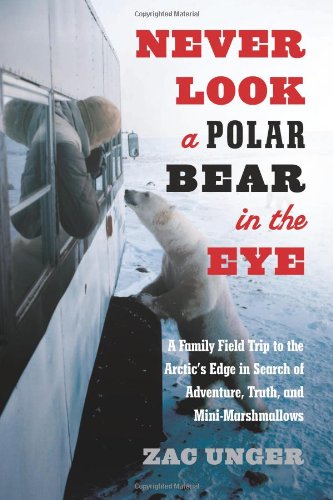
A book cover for Never Look a Polar Bear in the Eye: A Family Field Trip to the Arctic's Edge in Search of Adventure, Truth, and Mini-Marshmallows; Zac Unger; Travel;